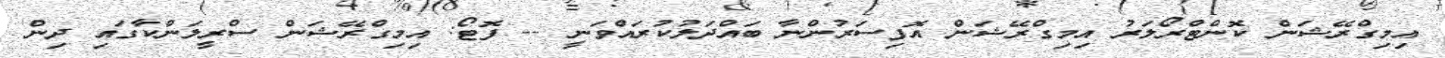
އިމިގްރޭޝަން ކޮންޓްރޯލަރު އިމިގްރޭޝަން އޮފިސަރުންނާ ބައްދަލުކުރައްވަނީ -- ފޮޓޯ: އިމިގްރޭޝަން ސްރީލަންކާގައި ދިން